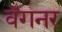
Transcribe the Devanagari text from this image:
वॅगनर